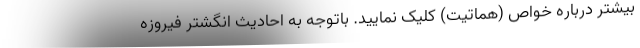
بیشتر درباره خواص (هماتیت) کلیک نمایید. باتوجه به احادیث انگشتر فیروزه